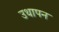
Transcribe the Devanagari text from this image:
उथापन